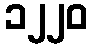
၁၂၂၀